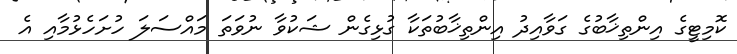
ކޮމިޓީގެ އިންތިޚާބުގެ ގަވާއިދު އިންތިޚާބުތަކާ ގުޅިގެން ޝަކުވާ ނުވަތަ މައްސަލަ ހުށަހެޅުމާއި އެ